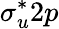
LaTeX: \sigma_{u}^{\ast}2p